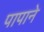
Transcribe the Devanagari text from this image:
पापाने